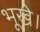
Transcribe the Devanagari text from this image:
भूखे।